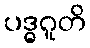
ပဒ္ဓဂူတိ